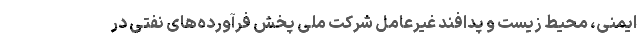
ایمنی، محیط زیست و پدافند غیرعامل شرکت ملی پخش فرآورده‌های نفتی در